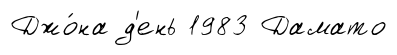
Джо́на д'ень 1983 Дамато